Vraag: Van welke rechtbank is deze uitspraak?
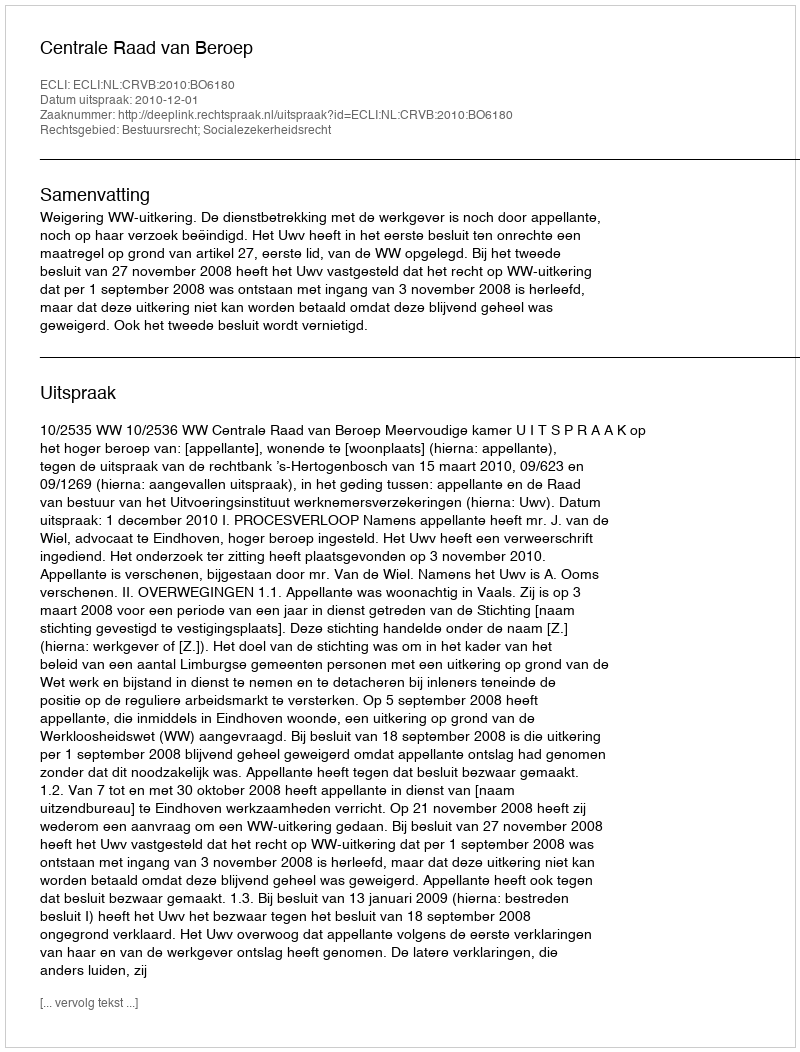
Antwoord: Centrale Raad van Beroep